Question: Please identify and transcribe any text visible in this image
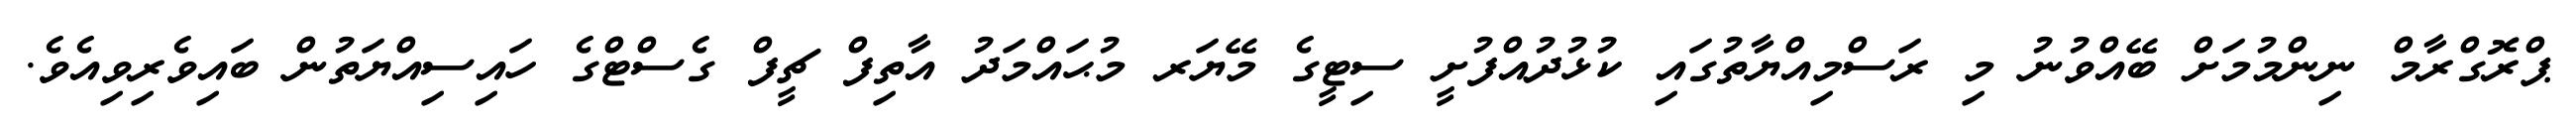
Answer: ޕްރޮގްރާމް ނިންމުމަށް ބޭއްވުނު މި ރަސްމިއްޔާތުގައި ކުޅުދުއްފުށީ ސިޓީގެ މޭޔަރ މުޙައްމަދު އާތިފް ޗީފް ގެސްޓްގެ ހައިސިއްޔަތުން ބައިވެރިވިއެވެ.